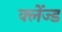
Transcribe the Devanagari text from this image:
क्लेंज्ड